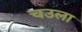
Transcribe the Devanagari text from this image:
चउला